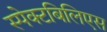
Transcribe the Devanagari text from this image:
स्पेक्टबिलिएस